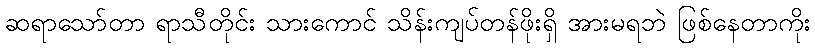
ဆရာသော်တာ ရာသီတိုင်း သားကောင် သိန်းကျပ်တန်ဖိုးရှိ အားမရဘဲ ဖြစ်နေတာကိုး